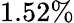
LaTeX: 1.52\%